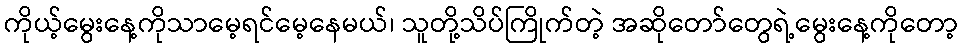
ကိုယ့်မွေးနေ့ကိုသာမေ့ရင်မေ့နေမယ်၊ သူတို့သိပ်ကြိုက်တဲ့ အဆိုတော်တွေရဲ့မွေးနေ့ကိုတော့